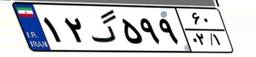
۱۲گ۵۹۹۶۰